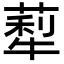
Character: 䔣